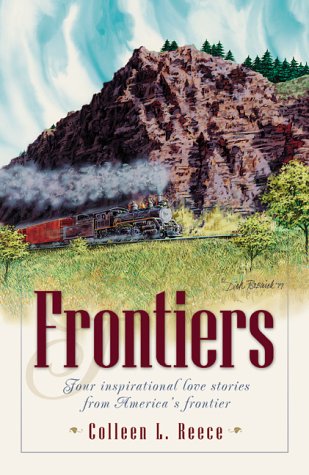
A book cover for Frontiers: Flower of Seattle/Flower of the West/Flower of the North/Flower of Alaska (Inspirational Romance Collection); Colleen L. Reece; Religion & Spirituality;